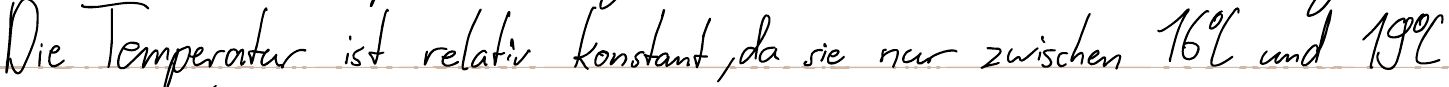
Die Temperatur ist relativ konstant, da sie nur zwischen 16°C und 19°C